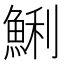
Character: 鯏